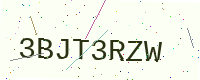
Text: 3BJT3RZW